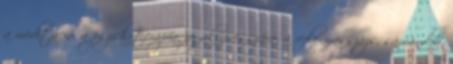
a meditáció, a pszichoterápia, az akupresszúra, a reflexmasszázs, sámándob,